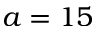
a = 1 5